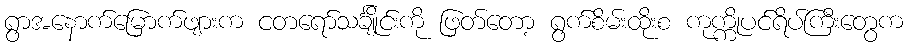
ရွာအနောက်မြောက်ဖျားက ငတရော်သင်္ချိုင်းကို ဖြတ်တော့ ရွက်စိမ်းထိုးစ ကုက္ကိုပင်ရိပ်ကြီးတွေက